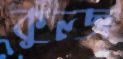
কুল্জ